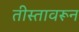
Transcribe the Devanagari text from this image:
तीस्तावरून